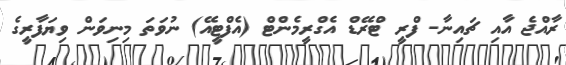
ރާއްޖެ އާއި ޗައިނާ- ފްރީ ޓްރޭޑް އެގްރީމެންޓް (އެފްޓީއޭ) ނުވަތަ މިނިވަން ވިޔަފާރީގެ